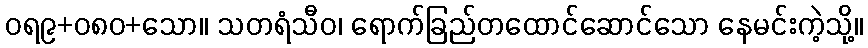
ဝရ၉+၀၈၀+သော။ သတရံသီဝ၊ ရောက်ခြည်တထောင်ဆောင်သော နေမင်းကဲ့သို့။